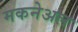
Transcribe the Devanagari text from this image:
मकनेअल